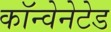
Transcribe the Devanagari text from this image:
कॉन्वेनेटेड